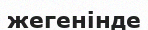
жегенінде